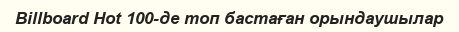
Billboard Hot 100-де топ бастаған орындаушылар